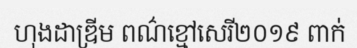
ហុងដាឌ្រីម ពណ៌ខ្មៅសេរី២០១៩ ពាក់